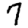
Digit: 7